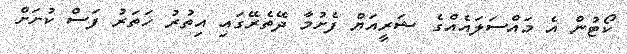
ކޯޓުން އެ މައްސަލައެއްގެ ޝަރީއަޔް ފެށުމާ ދޭތެރޭގައި އިތުރު ހަތަރު ފަސް ކުށަށް